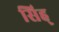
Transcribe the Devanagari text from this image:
सिह्